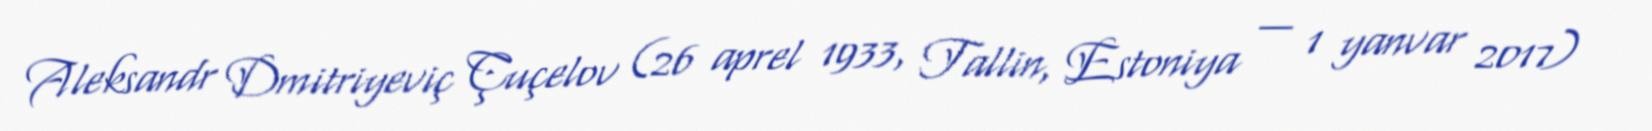
Aleksandr Dmitriyeviç Çuçelov (26 aprel 1933, Tallin, Estoniya — 1 yanvar 2017)